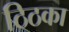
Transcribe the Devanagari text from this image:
ठिठका